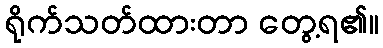
ရိုက်သတ်ထားတာ တွေ့ရ၏။